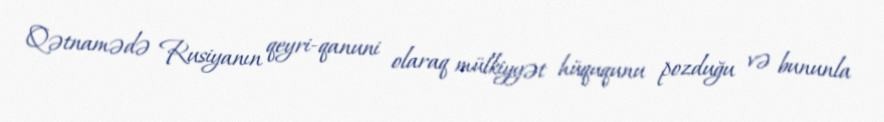
Qətnamədə Rusiyanın qeyri-qanuni olaraq mülkiyyət hüququnu pozduğu və bununla